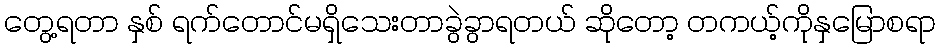
တွေ့ရတာ နှစ် ရက်တောင်မရှိသေးတာခွဲခွာရတယ် ဆိုတော့ တကယ့်ကိုနှမြောစရာ